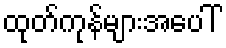
ထုတ်ကုန်များအပေါ်